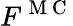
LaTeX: F^{\mathrm{~M~C~}}